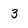
Character: 3